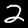
Label: 2